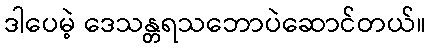
ဒါပေမဲ့ ဒေသန္တရသဘောပဲဆောင်တယ်။